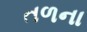
તળના